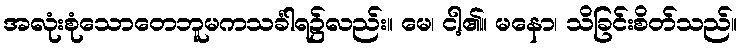
အလုံးစုံသောတေဘူမကသင်္ခါရ၌လည်း။ မေ၊ ငါ့၏။ မနော၊ သိခြင်းစိတ်သည်။